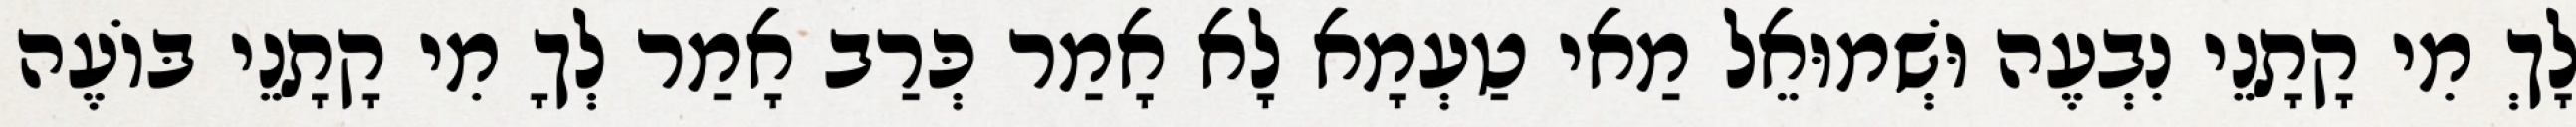
לָךְ מִי קָתָנֵי נִבְעֶה וּשְׁמוּאֵל מַאי טַעְמָא לָא אָמַר כְּרַב אָמַר לְךָ מִי קָתָנֵי בּוֹעֶה